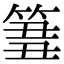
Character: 𥮢